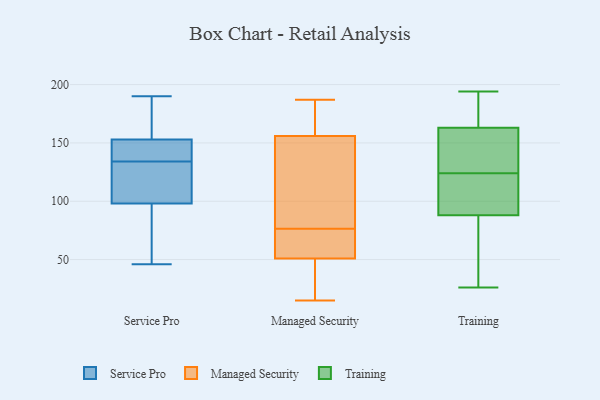
{"axis": {"x": "Headcount", "y": "Value"}, "legend": ["Managed Security", "Service Pro", "Training"], "data": [{"x": "", "y": 98, "type": "Service Pro"}, {"x": "", "y": 144, "type": "Service Pro"}, {"x": "", "y": 148, "type": "Service Pro"}, {"x": "", "y": 166, "type": "Service Pro"}, {"x": "", "y": 157, "type": "Service Pro"}, {"x": "", "y": 142, "type": "Service Pro"}, {"x": "", "y": 134, "type": "Service Pro"}, {"x": "", "y": 70, "type": "Service Pro"}, {"x": "", "y": 46, "type": "Service Pro"}, {"x": "", "y": 116, "type": "Service Pro"}, {"x": "", "y": 134, "type": "Service Pro"}, {"x": "", "y": 190, "type": "Service Pro"}, {"x": "", "y": 153, "type": "Service Pro"}, {"x": "", "y": 56, "type": "Service Pro"}, {"x": "", "y": 82, "type": "Service Pro"}, {"x": "", "y": 172, "type": "Service Pro"}, {"x": "", "y": 126, "type": "Service Pro"}, {"x": "", "y": 111, "type": "Service Pro"}, {"x": "", "y": 163, "type": "Managed Security"}, {"x": "", "y": 151, "type": "Managed Security"}, {"x": "", "y": 161, "type": "Managed Security"}, {"x": "", "y": 148, "type": "Managed Security"}, {"x": "", "y": 45, "type": "Managed Security"}, {"x": "", "y": 81, "type": "Managed Security"}, {"x": "", "y": 135, "type": "Managed Security"}, {"x": "", "y": 53, "type": "Managed Security"}, {"x": "", "y": 72, "type": "Managed Security"}, {"x": "", "y": 165, "type": "Managed Security"}, {"x": "", "y": 15, "type": "Managed Security"}, {"x": "", "y": 67, "type": "Managed Security"}, {"x": "", "y": 19, "type": "Managed Security"}, {"x": "", "y": 49, "type": "Managed Security"}, {"x": "", "y": 187, "type": "Managed Security"}, {"x": "", "y": 72, "type": "Managed Security"}, {"x": "", "y": 143, "type": "Training"}, {"x": "", "y": 190, "type": "Training"}, {"x": "", "y": 73, "type": "Training"}, {"x": "", "y": 26, "type": "Training"}, {"x": "", "y": 181, "type": "Training"}, {"x": "", "y": 60, "type": "Training"}, {"x": "", "y": 123, "type": "Training"}, {"x": "", "y": 125, "type": "Training"}, {"x": "", "y": 133, "type": "Training"}, {"x": "", "y": 163, "type": "Training"}, {"x": "", "y": 105, "type": "Training"}, {"x": "", "y": 146, "type": "Training"}, {"x": "", "y": 183, "type": "Training"}, {"x": "", "y": 101, "type": "Training"}, {"x": "", "y": 88, "type": "Training"}, {"x": "", "y": 50, "type": "Training"}, {"x": "", "y": 119, "type": "Training"}, {"x": "", "y": 194, "type": "Training"}]}